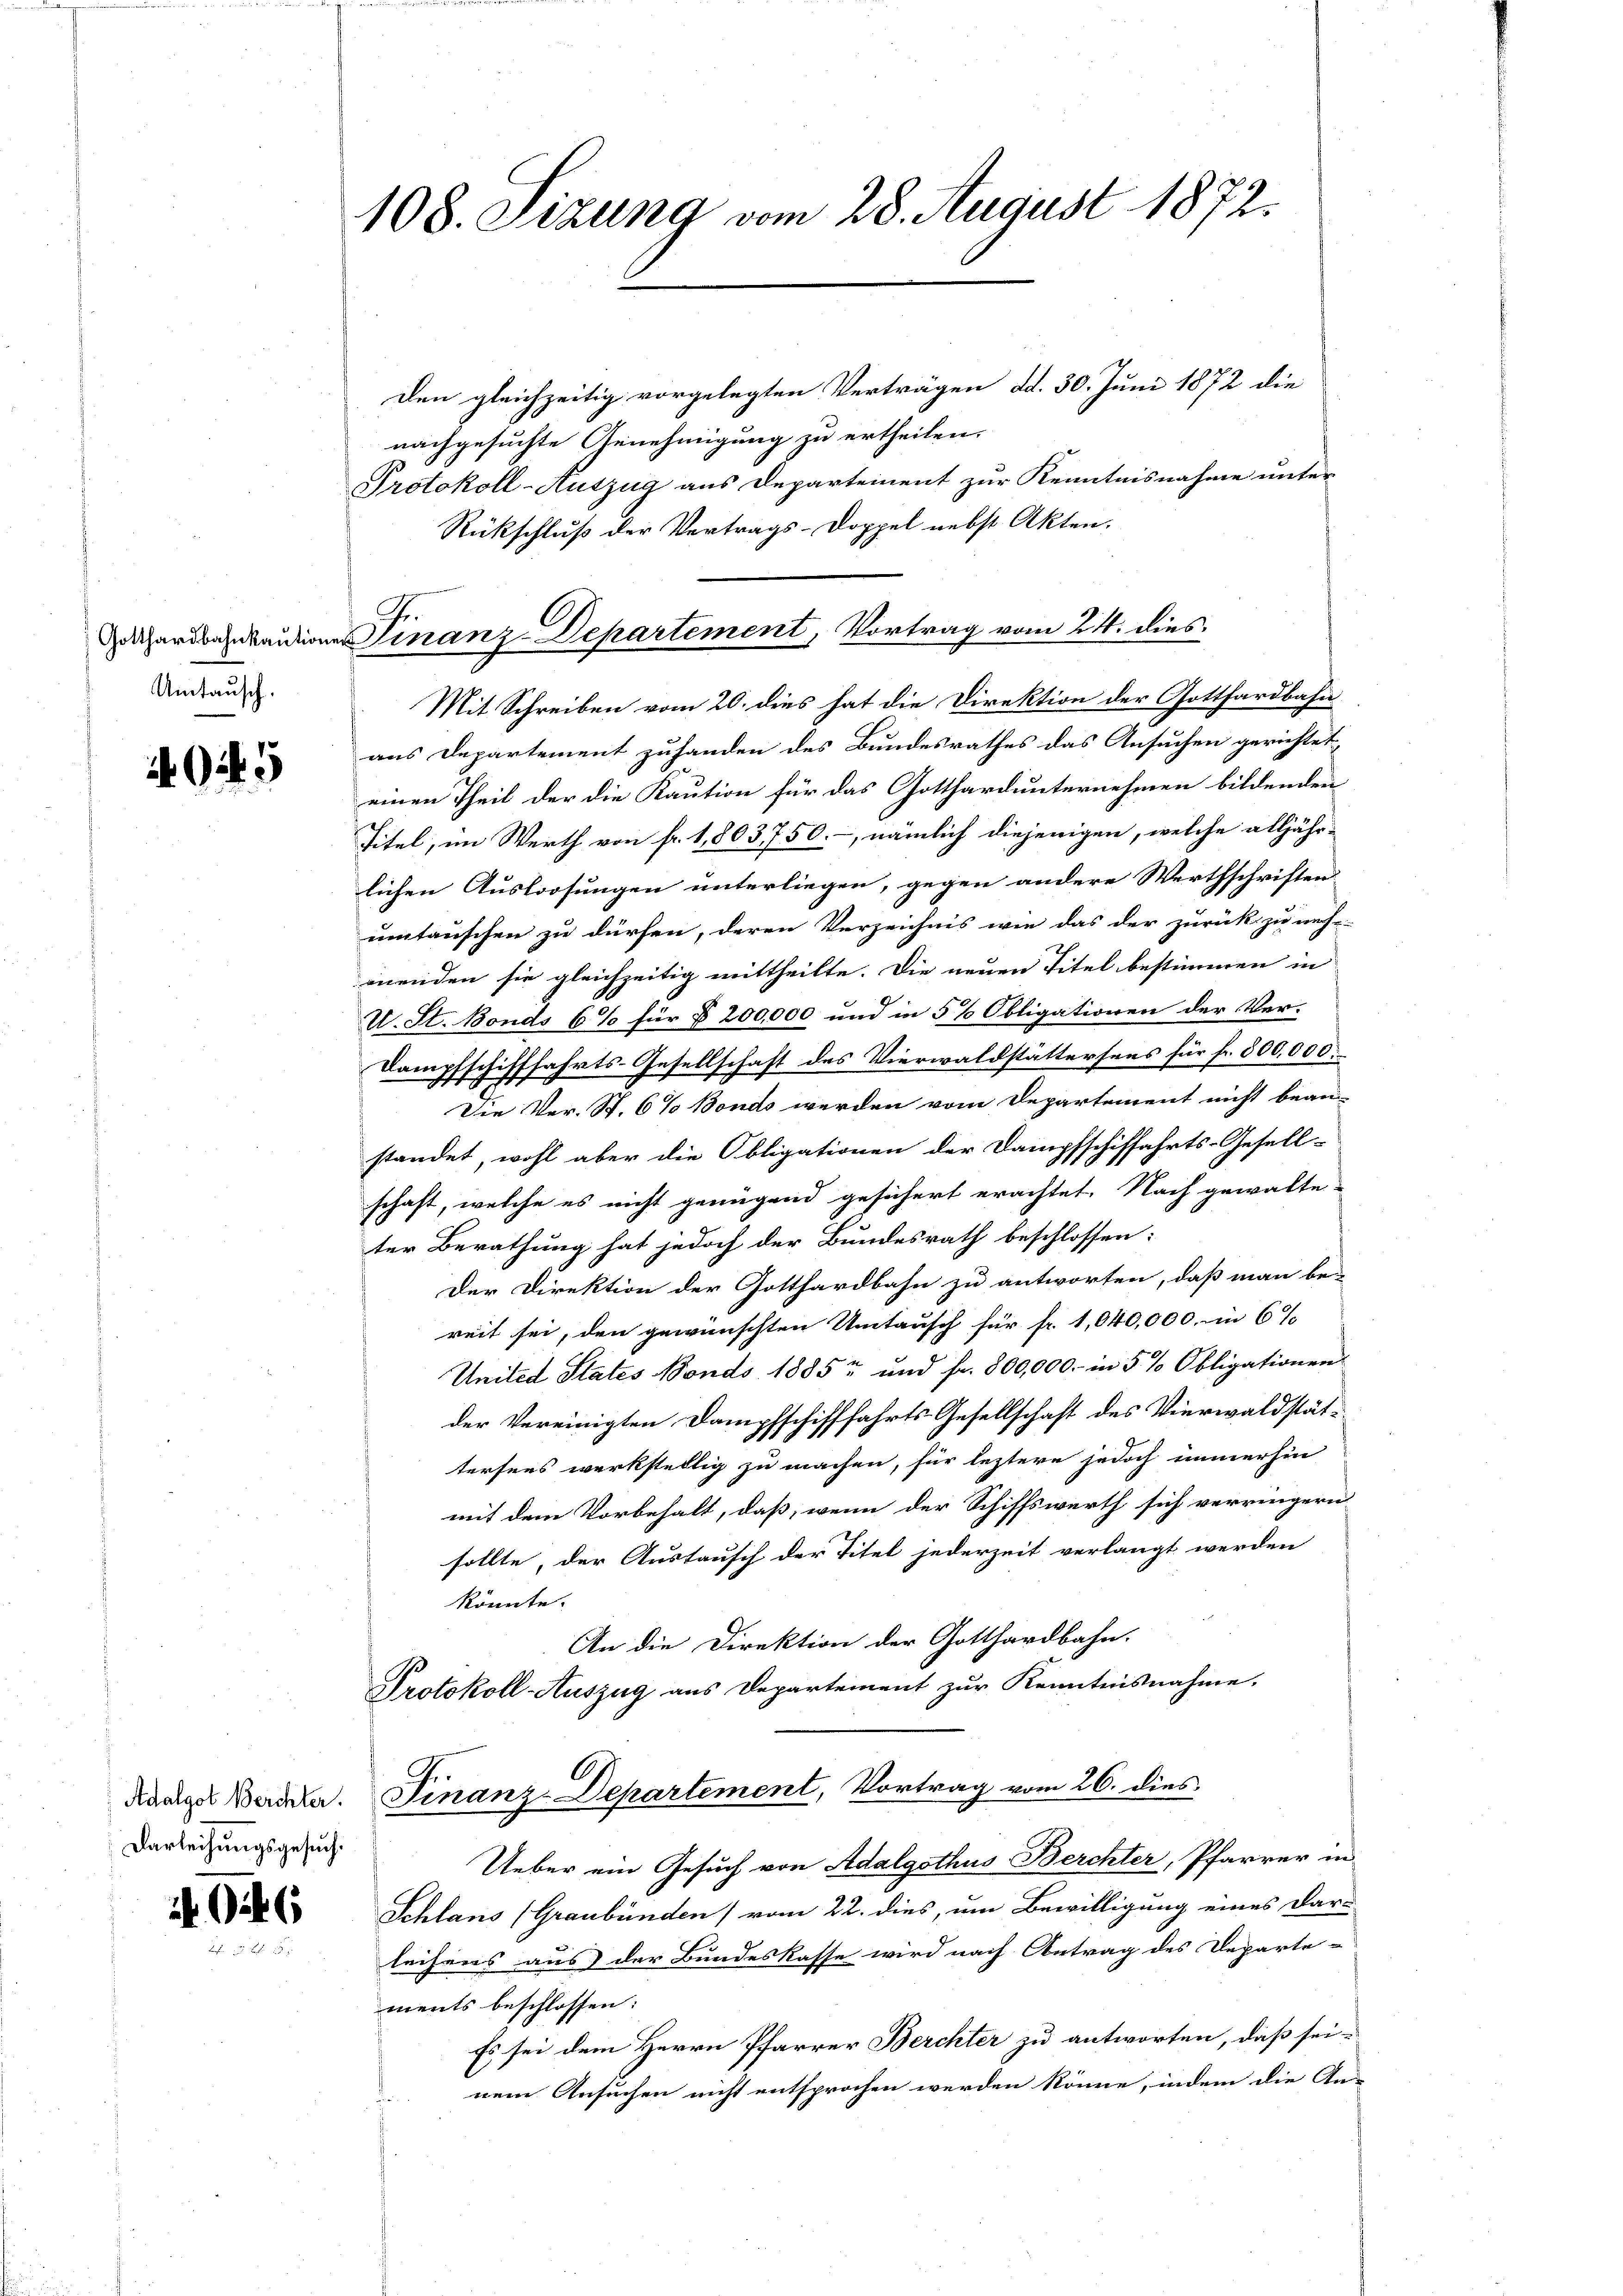
Gotthardbahnkaution
Umtausch.

5

Den gleichzeitig vorgelegten Verträgen dd. 30. Juni 1872 die
nachgesuchte Genehmigung zu ertheilen.
Protokoll-Auszug aus Departement zur Kenntnisnahme unter
Rückschluß der Vertrags-Doppel nebst Akten.
Mit Schreiben vom 20. dies hat die Direktion der Gotthardbahn
aus Departement zuhanden des Bundesrathes das Ansuchen gerichtet
einen Theil der die Kaution für das Gotthardunternehmen bildenden
Titel, im Werth von fr. 1,803750.-, nämlich diejenigen, welche alljähr-
lichen Ausloosungen unterliegen, gegen andere Werthschriften
umtanschen zu dürfen, deren Verzeichnis wie das der zurück zu neh-
menden sie gleichzeitig mittheilte. Die neuen Titel bestimmen in
U. St. Bonds 6% für § 200,000 und in 5% Obligationen der Ver-
Dampfschifffahrts-Gesellschaft des Vierwaldstättersens für fr. 800,000.
Die Ver- St. 6% Bonds werden vom Departement nicht bean-
standet, wohl aber die Obligationen der Dampfschiffahrts-Gesell-
schaft, welche es nicht genügend gesichert erachtet. Nach gewalte-
ter Berathung hat jedoch der Bundesrath beschlossen:
Der Direktion der Gotthardbahn zu antworten, daß man be-
reit sei, den gewünschten Umtausch für fr. 1,040,000. in 6%
Uniled States Fonds 1885 und fr. 800,000.- in 5 % Obligationen
der Vereinigten Dampfschifffahrts-Gesellschaft des Vierwaldstät-
tersens werkstellig zu machen, für leztere jedoch immerhin
mit dem Vorbehalt, daß, wenn der Schiffswerth sich verringern
sollte, der Austausch der Titel jederzeit verlangt werden
könnte.
An die Direktion der Gotthardbahn.
Protokoll-Auszug aus Departement zŭr Kenntnisnahme.
6
Kanige Werdeler. Finanz-Departement, Vortrag vom 26. dies
Ueber ein Gesuch von Adalgothus Berchter, Pfarrer in
Schlans (Graubünden) vom 22. dies, um Bewilligung eines Dar-
leihens aus der Bundeskasse wird nach Antrag des Departe-
ments beschlossen:
Es sei dem Herrn Pfarrer Berchter zu antworten, daß sei-
nem Ansuchen nicht entsprochen werden könne, indem die An-

Darleihungsgesuch:

246

108. Sizung vom 28. August 1872.

e Finanz-Departement, Vortrag vom 24. dies